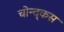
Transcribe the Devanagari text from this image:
चोन्द्कस